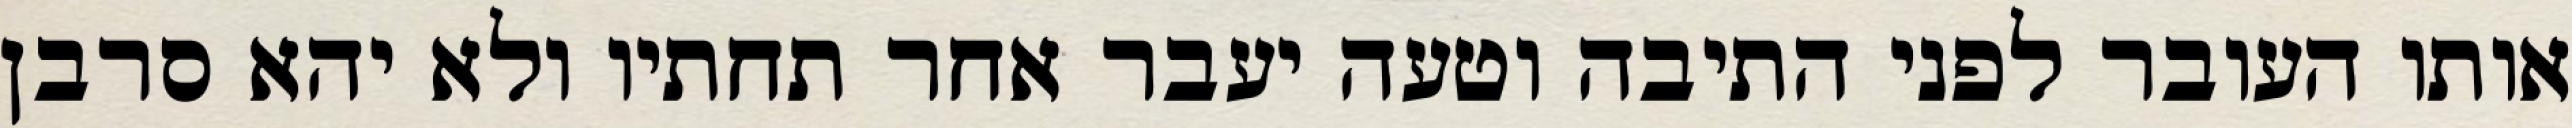
אותו העובר לפני התיבה וטעה יעבר אחר תחתיו ולא יהא סרבן